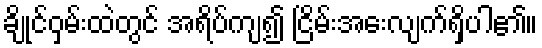
ချိုင်ဝှမ်းထဲတွင် အရိပ်ကျ၍ ငြိမ်းအေးလျက်ရှိပါ၏။